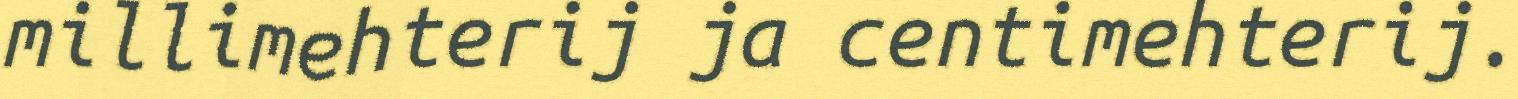
millimehterij ja centimehterij.